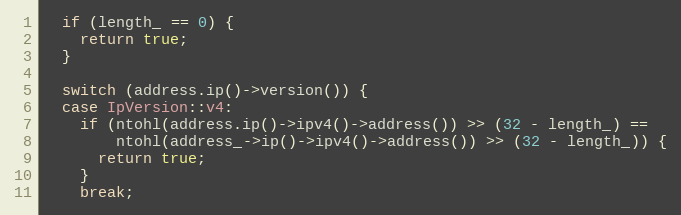
Language: C++
  if (length_ == 0) {
    return true;
  }

  switch (address.ip()->version()) {
  case IpVersion::v4:
    if (ntohl(address.ip()->ipv4()->address()) >> (32 - length_) ==
        ntohl(address_->ip()->ipv4()->address()) >> (32 - length_)) {
      return true;
    }
    break;